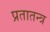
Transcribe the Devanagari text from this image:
प्रतातन्त्र